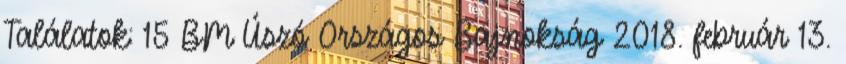
Találatok: 15 BM Úszó Országos Bajnokság 2018. február 13.